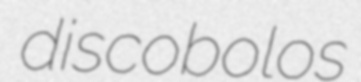
discobolos